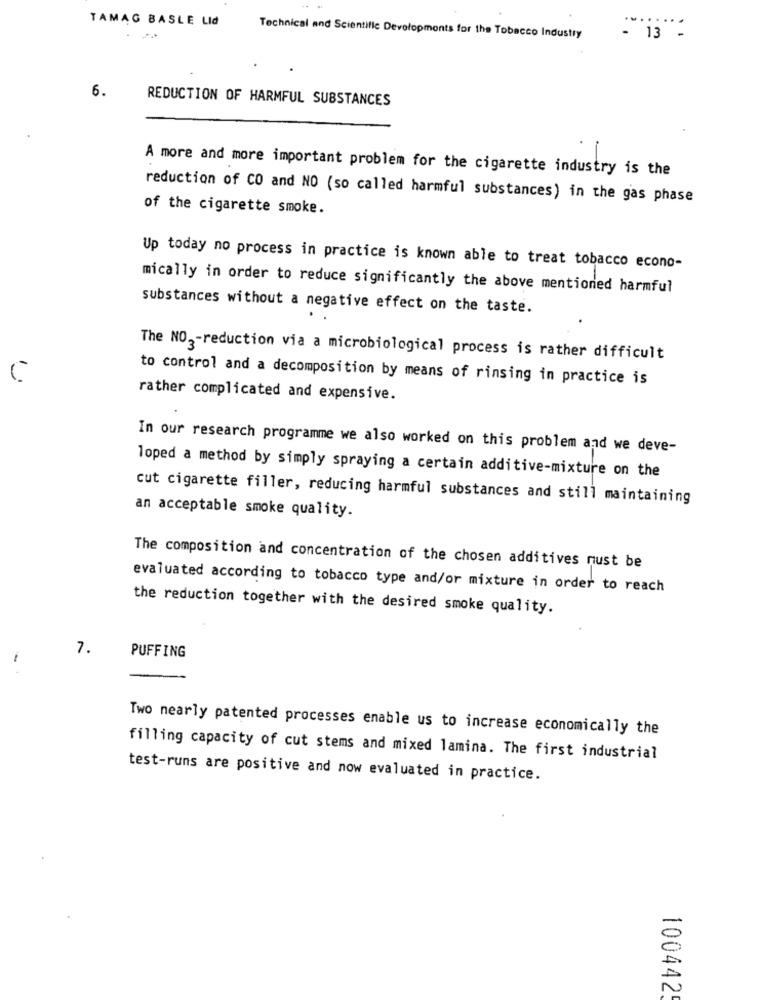
TAMAG BASLE LId
- 13 -
Technical and Scientific Developmonts for the Tobacco Industry
6.
REDUCTION OF HARMFUL SUBSTANCES
A more and more important problem for the cigarette industry is the
reduction of CO and NO (so called harmful substances) in the gas phase
of the cigarette smoke.
Up today no process in practice is known able to treat tobacco econo-
mically in order to reduce significantly the above mentioned harmful
substances without a negative effect on the taste.
The NO2-reduction via a microbiological process is rather difficult
to control and a decomposition by means of rinsing in practice is
rather complicated and expensive.
In our research programme we also worked on this problem and we deve-
loped a method by simply spraying a certain additive-mixture on the
cut cigarette filler, reducing harmful substances and still maintaining
an acceptable smoke quality.
The composition and concentration of the chosen additives must be
evaluated according to tobacco type and/or mixture in order to reach
the reduction together with the desired smoke quality.
7.
PUFFING
Two nearly patented processes enable us to increase economically the
filling capacity of cut stems and mixed lamina. The first industrial
test-runs are positive and now evaluated in practice.
100442